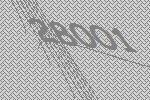
28001